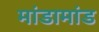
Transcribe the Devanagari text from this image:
मांडामांड